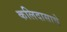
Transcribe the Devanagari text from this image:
कलिदासाचे